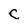
Character: C